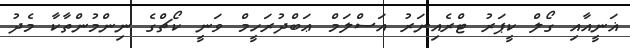
ޣަނީއާއި ގޯލް ކީޕަރު ޓްރެއިނަރު އަސްލަމް ޢަބްދުރަހީމް ވަނީ ކޯޗްގެ ނިންމުންތާކާ މެދު